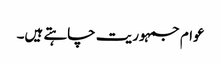
عوام جمہوریت چاہتے ہیں۔